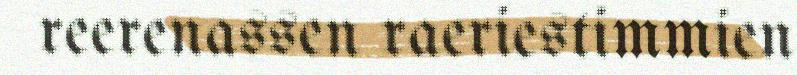
reerenassen raeriestimmien